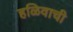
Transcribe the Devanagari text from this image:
हळिवाची